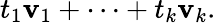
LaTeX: t_{1}\mathbf{v}_{1}+\cdots+t_{k}\mathbf{v}_{k}.